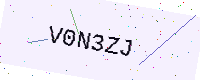
Text: V0N3ZJ